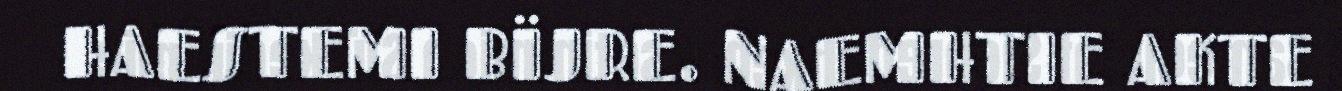
HAESTEMI BÏJRE. NAEMHTIE AKTE